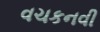
વચકનવી